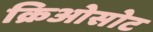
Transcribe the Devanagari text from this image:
क्रिओसोट